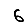
Digit: 6